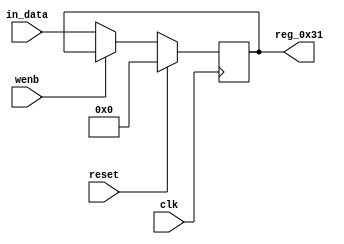
module r_RX_BUF_FRAME_TYPE(output reg [7:0] reg_0x31, input wire reset, input wire wenb, input wire [7:0] in_data, input wire clk);
	always@(posedge clk)
	begin
		if(reset==0) begin
			if(wenb==0)
				reg_0x31<=in_data;
			else
				reg_0x31<=reg_0x31;
		end
		else
			reg_0x31<=8'h00;
	end
endmodule